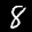
Label: 8